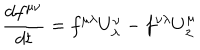
{ \frac { d f ^ { \mu \nu } } { d t } } = f ^ { \mu \lambda } U _ { \lambda } ^ { \nu } - f ^ { \nu \lambda } U _ { \lambda } ^ { \mu }